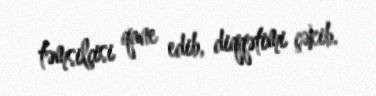
təmsilçisi qane edib, diqqətimi çəkib.